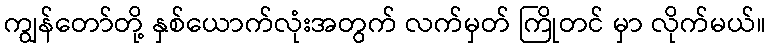
ကျွန်တော်တို့ နှစ်ယောက်လုံးအတွက် လက်မှတ် ကြိုတင် မှာ လိုက်မယ်။